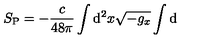
S _ { \mathrm { P } } = - { \frac { c } { 4 8 \pi } } \int \mathrm { d } ^ { 2 } x \sqrt { - g _ { x } } \int \mathrm { d }